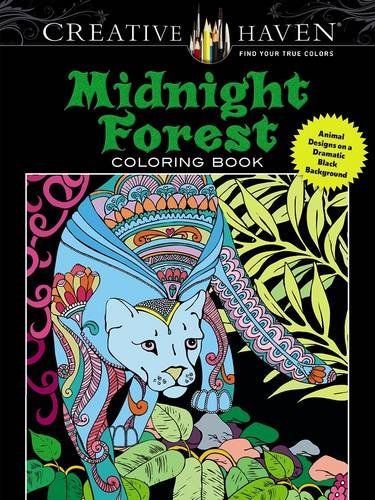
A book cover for Creative Haven Midnight Forest Coloring Book: Animal Designs on a Dramatic Black Background (Creative Haven Coloring Books); Lindsey Boylan; Humor & Entertainment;